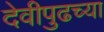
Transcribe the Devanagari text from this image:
देवीपुढच्या